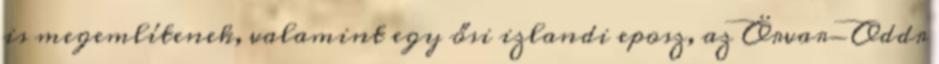
is megemlítenek, valamint egy ősi izlandi eposz, az Örvar-Oddr